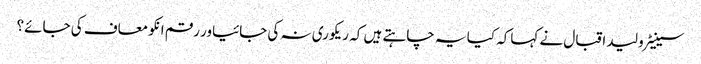
سینیٹر ولید اقبال نے کہاکہ کیا یہ چاہتے ہیں کہ ریکوری نہ کی جائیاور رقم انکو معاف کی جائے؟